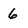
Character: 6